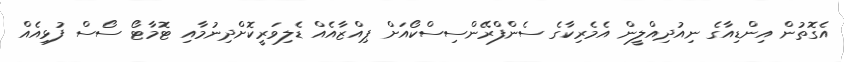
އެގޮތުން އިންޑިއާގެ ނިއުދިއްލީން އެމެރިކާގެ ސެންފްރޭންސިސްކޯއަށް ޕިއްޒާއެއް ޑެލިވަރީކޮށްދިނުމާއި ޓޮމާޓޯ ސޯސް ފުޅިއެއް